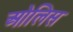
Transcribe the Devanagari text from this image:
ओलिस